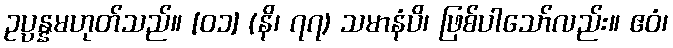
ဥပ္ပန္နမဟုတ်သည်။ [၀၁] (နိ၊ ၇၇) သမာနံပိ၊ ဖြစ်ပါသော်လည်း။ ဧဝံ၊